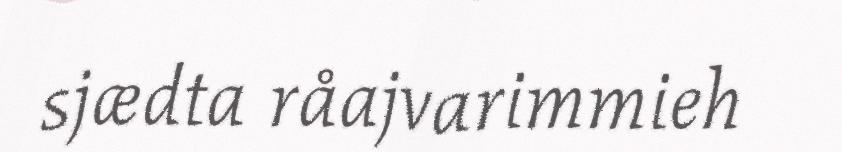
sjædta råajvarimmieh